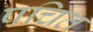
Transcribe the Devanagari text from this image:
पचित